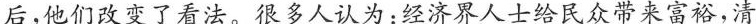
后，他们改变了看法。很多人认为：经济界人士给民众带来富裕，清